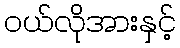
ဝယ်လိုအားနှင့်